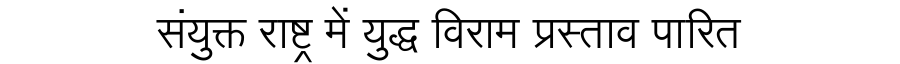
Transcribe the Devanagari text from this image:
संयुक्त राष्ट्र में युद्ध विराम प्रस्ताव पारित